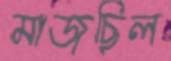
মাজছিল